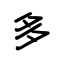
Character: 多